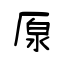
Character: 厡